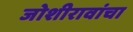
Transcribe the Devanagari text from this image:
जोशीरावांचा